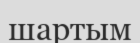
шартым